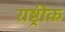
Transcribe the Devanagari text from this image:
राष्ट्रीक